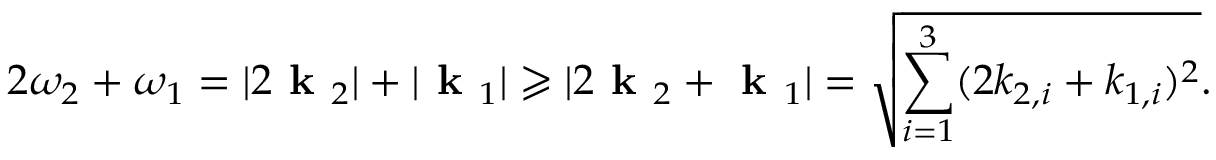
2 \omega _ { 2 } + \omega _ { 1 } = | 2 \textbf { k } _ { 2 } | + | \textbf { k } _ { 1 } | \geqslant | 2 \textbf { k } _ { 2 } + \textbf { k } _ { 1 } | = \sqrt { \sum _ { i = 1 } ^ { 3 } ( 2 k _ { 2 , i } + k _ { 1 , i } ) ^ { 2 } } .